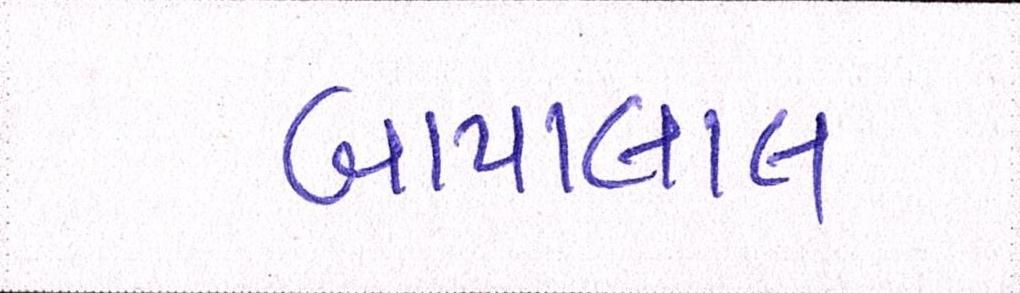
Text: બાપાલાલ